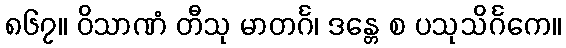
၈၆၇။ ဝိသာဏံ တီသု မာတင်္ဂ၊ ဒန္တေ စ ပသုသိင်္ဂကေ။